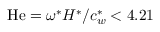
\mathrm { H e } = \omega ^ { \ast } H ^ { \ast } / c _ { w } ^ { \ast } < 4 . 2 1